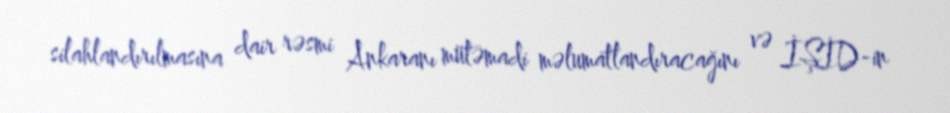
silahlandırılmasına dair rəsmi Ankaranı mütəmadi məlumatlandıracağını və İŞİD-in